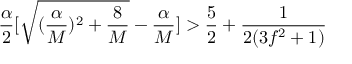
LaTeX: \frac { \alpha } { 2 } [ \sqrt { ( \frac { \alpha } { M } ) ^ { 2 } + \frac { 8 } { M } } - \frac { \alpha } { M } ] > \frac { 5 } { 2 } + \frac { 1 } { 2 ( 3 f ^ { 2 } + 1 ) }